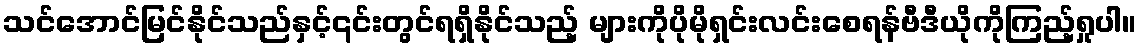
သင်အောင်မြင်နိုင်သည်နှင့်၎င်းတွင်ရရှိနိုင်သည့် များကိုပိုမိုရှင်းလင်းစေရန်ဗီဒီယိုကိုကြည့်ရှုပါ။